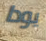
يودا